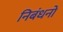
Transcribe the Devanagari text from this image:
निबंधनों